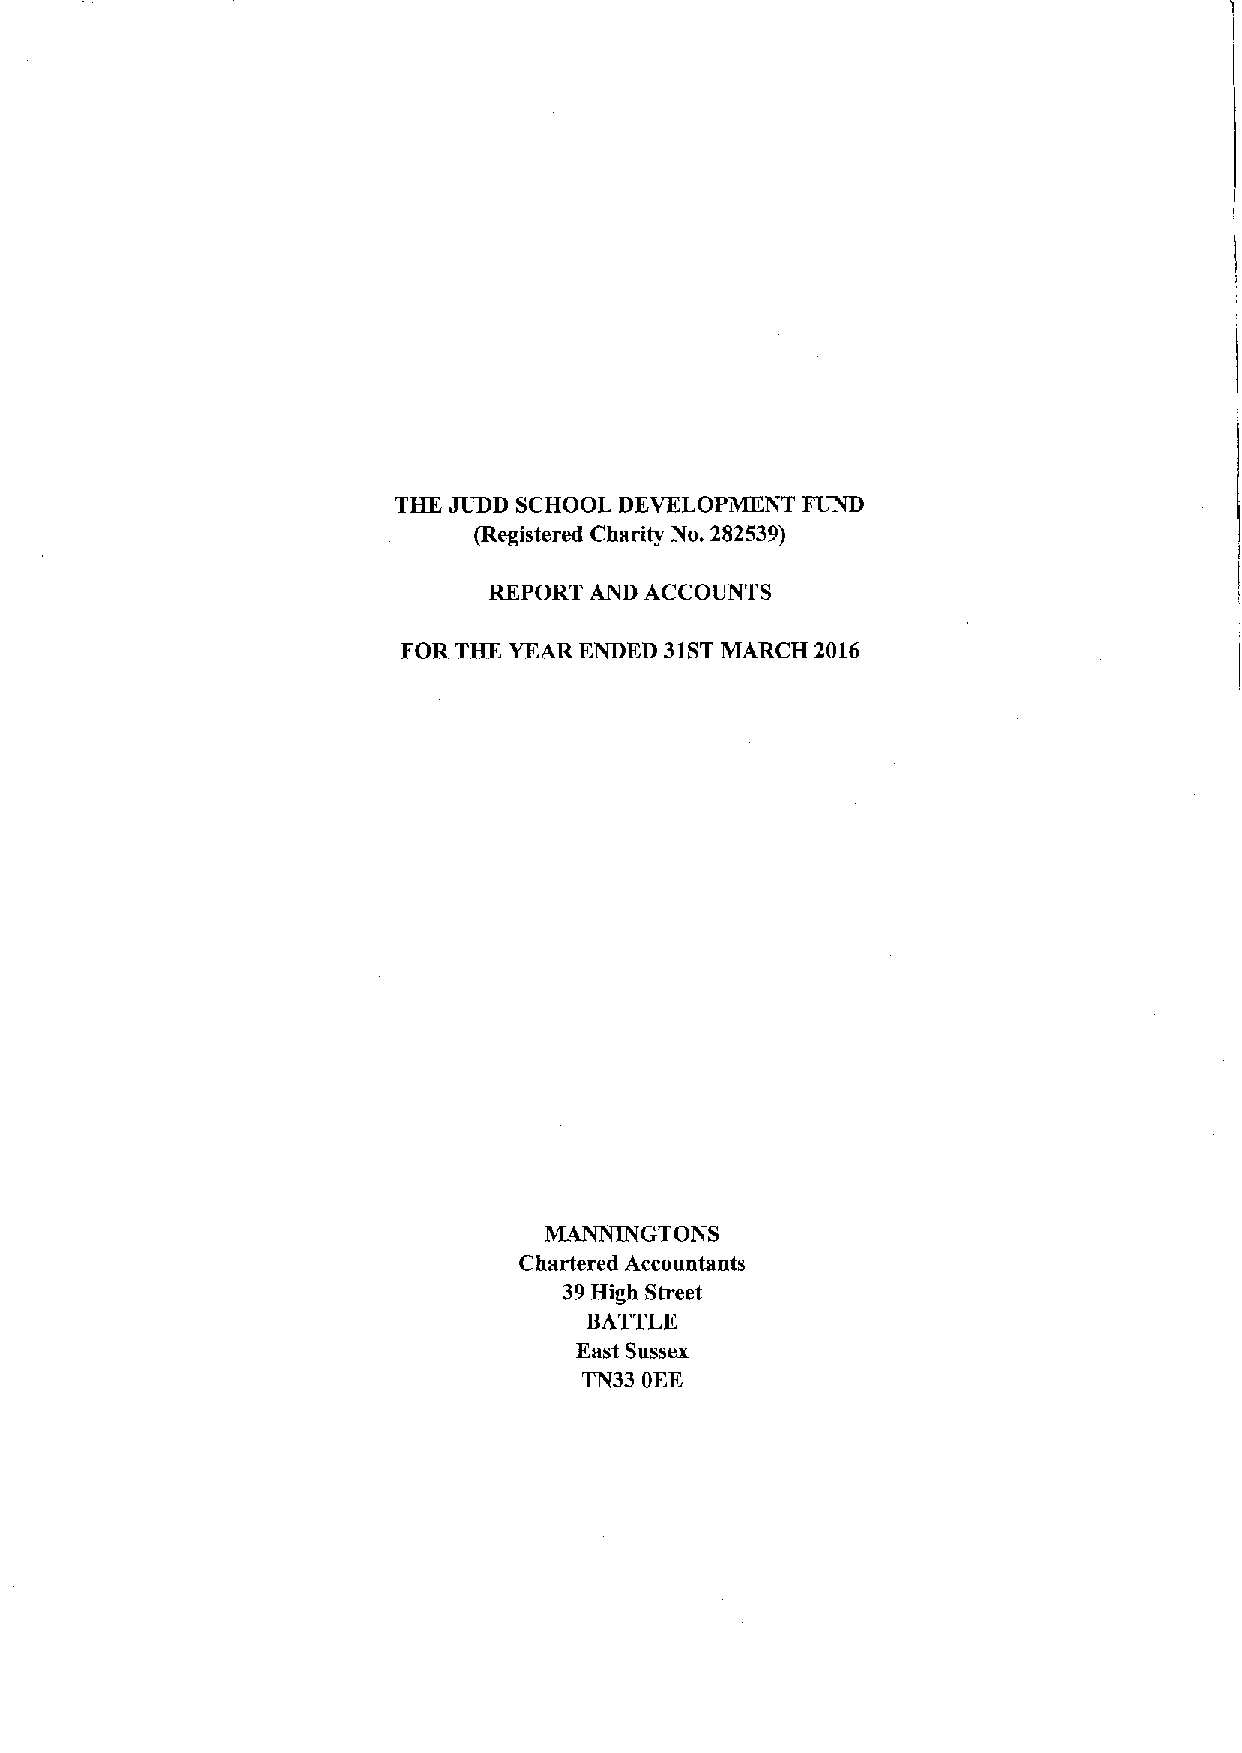
THE JUDD SCHOOL DEVELOPMENT FUND
 (Registered Charity No. 282539)
 REPORT AND ACCOUNTS
 FOR THE YEAR ENDED 31STMARCH 2016
 ~GTONS
 Chartered Accountants
 39High Street
 BATTLE
 East Sussex
 TN33 OEE